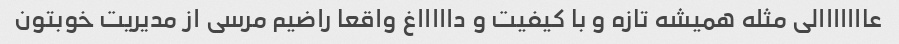
عااااااالی مثله همیشه تازه و با کیفیت و داااااغ واقعا راضیم مرسی از مدیریت خوبتون